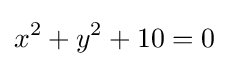
x^{2}+y^{2}+10=0